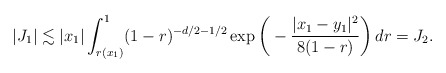
\begin{align*}|J_1|\lesssim |x_1|\int_{r(x_1)}^1(1-r)^{-d/2-1/2}\exp\bigg(-\frac{|x_1-y_1|^2}{8(1-r)}\bigg)\,dr=J_2.\end{align*}